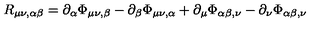
R _ { \mu \nu , \alpha \beta } = \partial _ { \alpha } \Phi _ { \mu \nu , \beta } - \partial _ { \beta } \Phi _ { \mu \nu , \alpha } + \partial _ { \mu } \Phi _ { \alpha \beta , \nu } - \partial _ { \nu } \Phi _ { \alpha \beta , \nu }